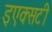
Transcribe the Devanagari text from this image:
इएक्सटी